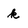
Character: k